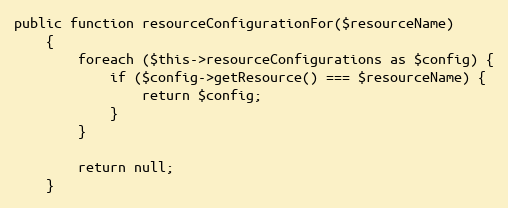
Language: PHP
public function resourceConfigurationFor($resourceName)
    {
        foreach ($this->resourceConfigurations as $config) {
            if ($config->getResource() === $resourceName) {
                return $config;
            }
        }

        return null;
    }